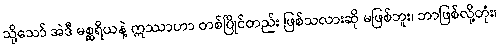
သို့သော် အဲဒီ မစ္ဆရိယနဲ့ ဣဿာဟာ တစ်ပြိုင်တည်း ဖြစ်သလားဆို မဖြစ်ဘူး၊ ဘာဖြစ်လို့တုံး၊